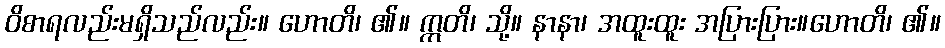
ဝိစာရလည်းမရှိသည်လည်း။ ဟောတိ၊ ၏။ ဣတိ၊ သို့။ နာနာ၊ အထူးထူး အပြားပြား။ဟောတိ၊ ၏။